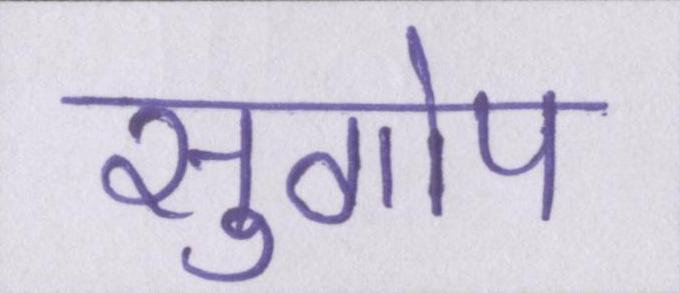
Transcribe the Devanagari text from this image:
सुगोप